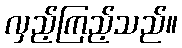
လှည့်ကြည့်သည်။